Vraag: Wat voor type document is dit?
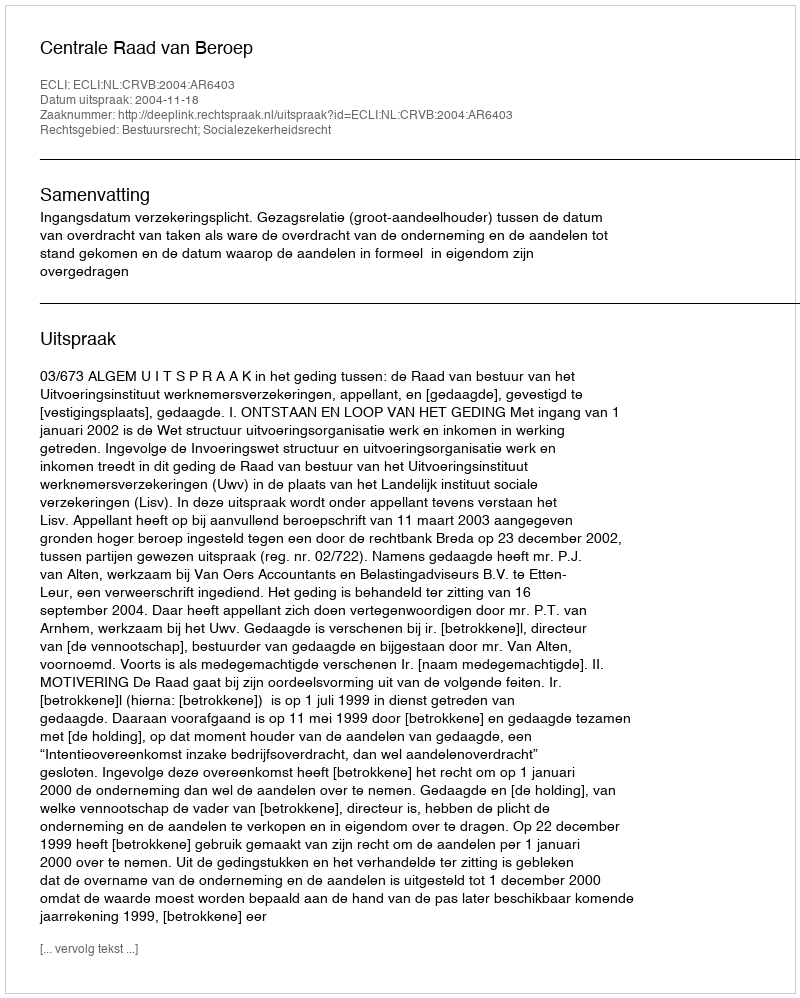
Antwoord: Uitspraak